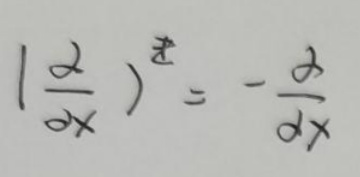
$\left(\frac{\partial}{\partial x}\right)^2=-\frac{\partial}{\partial x}$